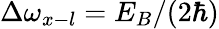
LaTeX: \Delta\omega_{x-l}=E_{B}/(2\hbar)